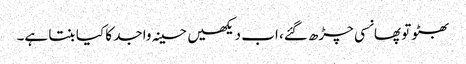
بھٹو تو پھانسی چڑھ گئے، اب دیکھیں حسینہ واجد کا کیا بنتا ہے۔